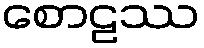
စောဠဿ